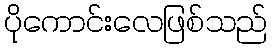
ပိုကောင်းလေဖြစ်သည်